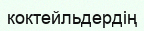
коктейльдердің